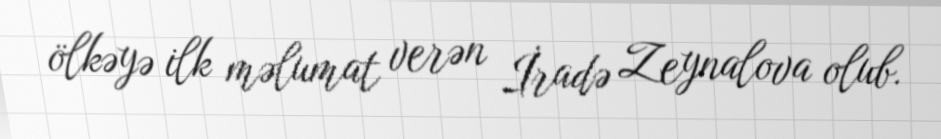
ölkəyə ilk məlumat verən İradə Zeynalova olub.